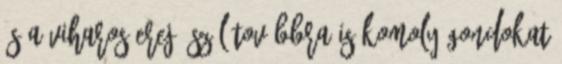
és a viharos erejű szél továbbra is komoly gondokat